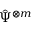
{ \hat { \Psi } } ^ { \otimes m }